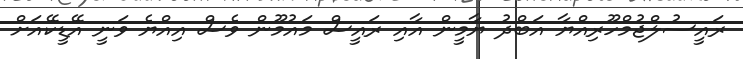
ރައީސުލްޖުމްހޫރިއްޔާ އަބްދު ޔާމީން އާއި ރައީސް މައުމޫން ވެސް އިއްޔެ ވަނީ އޭޑީކޭއަށް